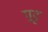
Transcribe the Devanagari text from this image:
पुट्ट